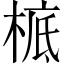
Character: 㭽